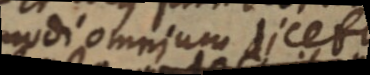
modi omnium dicetu